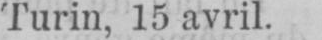
Turin, 15 avril.